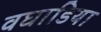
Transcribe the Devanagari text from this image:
वघाडिया